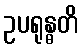
ဥပရုန္ဓတိ